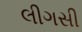
લીગસી